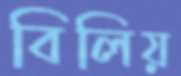
বিলিয়